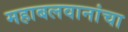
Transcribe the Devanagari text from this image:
महाबलवानांचा